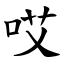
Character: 哎